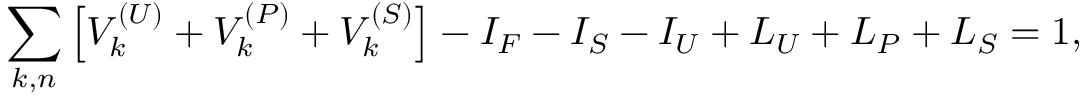
\sum _ { k , n } \left[ V _ { k } ^ { ( U ) } + V _ { k } ^ { ( P ) } + V _ { k } ^ { ( S ) } \right] - I _ { F } - I _ { S } - I _ { U } + L _ { U } + L _ { P } + L _ { S } = 1 ,